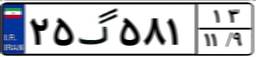
۲۵گ۵۸۱۱۳